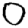
Digit: 0